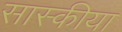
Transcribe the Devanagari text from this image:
सास्कीया